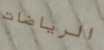
الرياضات